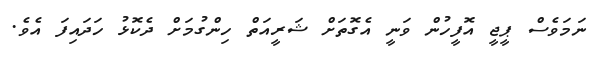
ނަމަވެސް ޕީޖީ އޮފީހުން ވަނީ އެގޮތަށް ޝަރީއަތް ހިންގުމަށް ދެކޮޅު ހަދައިފަ އެވެ.